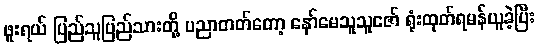
ဖူးရယ် ပြည်သူပြည်သားတို့ ပညာတတ်တော့ နော်မေသူသူဇော် ရုံးထုတ်ရမန်ယူခဲ့ပြီး